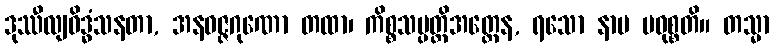
ဒုဿီလျဝိဒ္ဓံသနတာ, အနဝဇ္ဇဂုဏော တထာ၊ ကိစ္စသမ္ပတ္တိအတ္ထေန, ရသော နာမ ပဝုစ္စတိ။ တသ္မာ